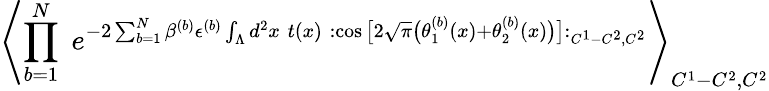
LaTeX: \left\langle\prod_{b=1}^{N}\; e^{-2\sum_{b=1}^{N}\beta^{(b)}\epsilon^{(b)}\int_{\Lambda}d^{2}x\; t(x)\; :\cos\big[2\sqrt{\pi}\big(\theta_{1}^{(b)}(x)+\theta_{2}^{(b)}(x)\big)\big]:_{C^{1}-C^{2},C^{2}}}\right\rangle_{C^{1}-C^{2},C^{2}}